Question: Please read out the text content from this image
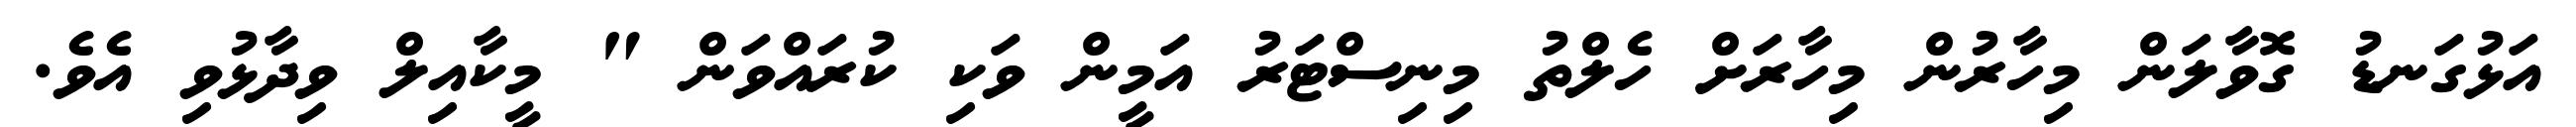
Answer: އަޅުގަނޑު ގޮވާލަން މިހާރުން މިހާރަށް ހެލްތު މިނިސްޓަރު އަމީން ވަކި ކުރައްވަން " މީކާއިލް ވިދާޅުވި އެވެ.